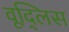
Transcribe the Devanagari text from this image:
वूद्लिस